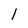
Character: l